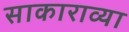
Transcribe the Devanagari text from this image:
साकाराव्या